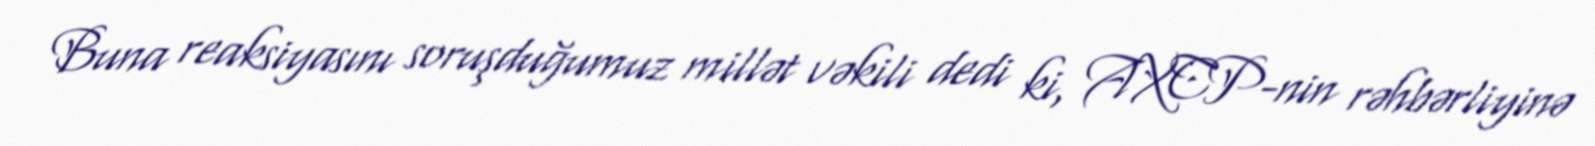
Buna reaksiyasını soruşduğumuz millət vəkili dedi ki, AXCP-nin rəhbərliyinə